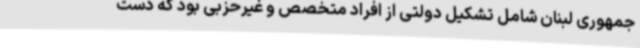
جمهوری لبنان شامل تشکیل دولتی از افراد متخصص و غیرحزبی بود که دست